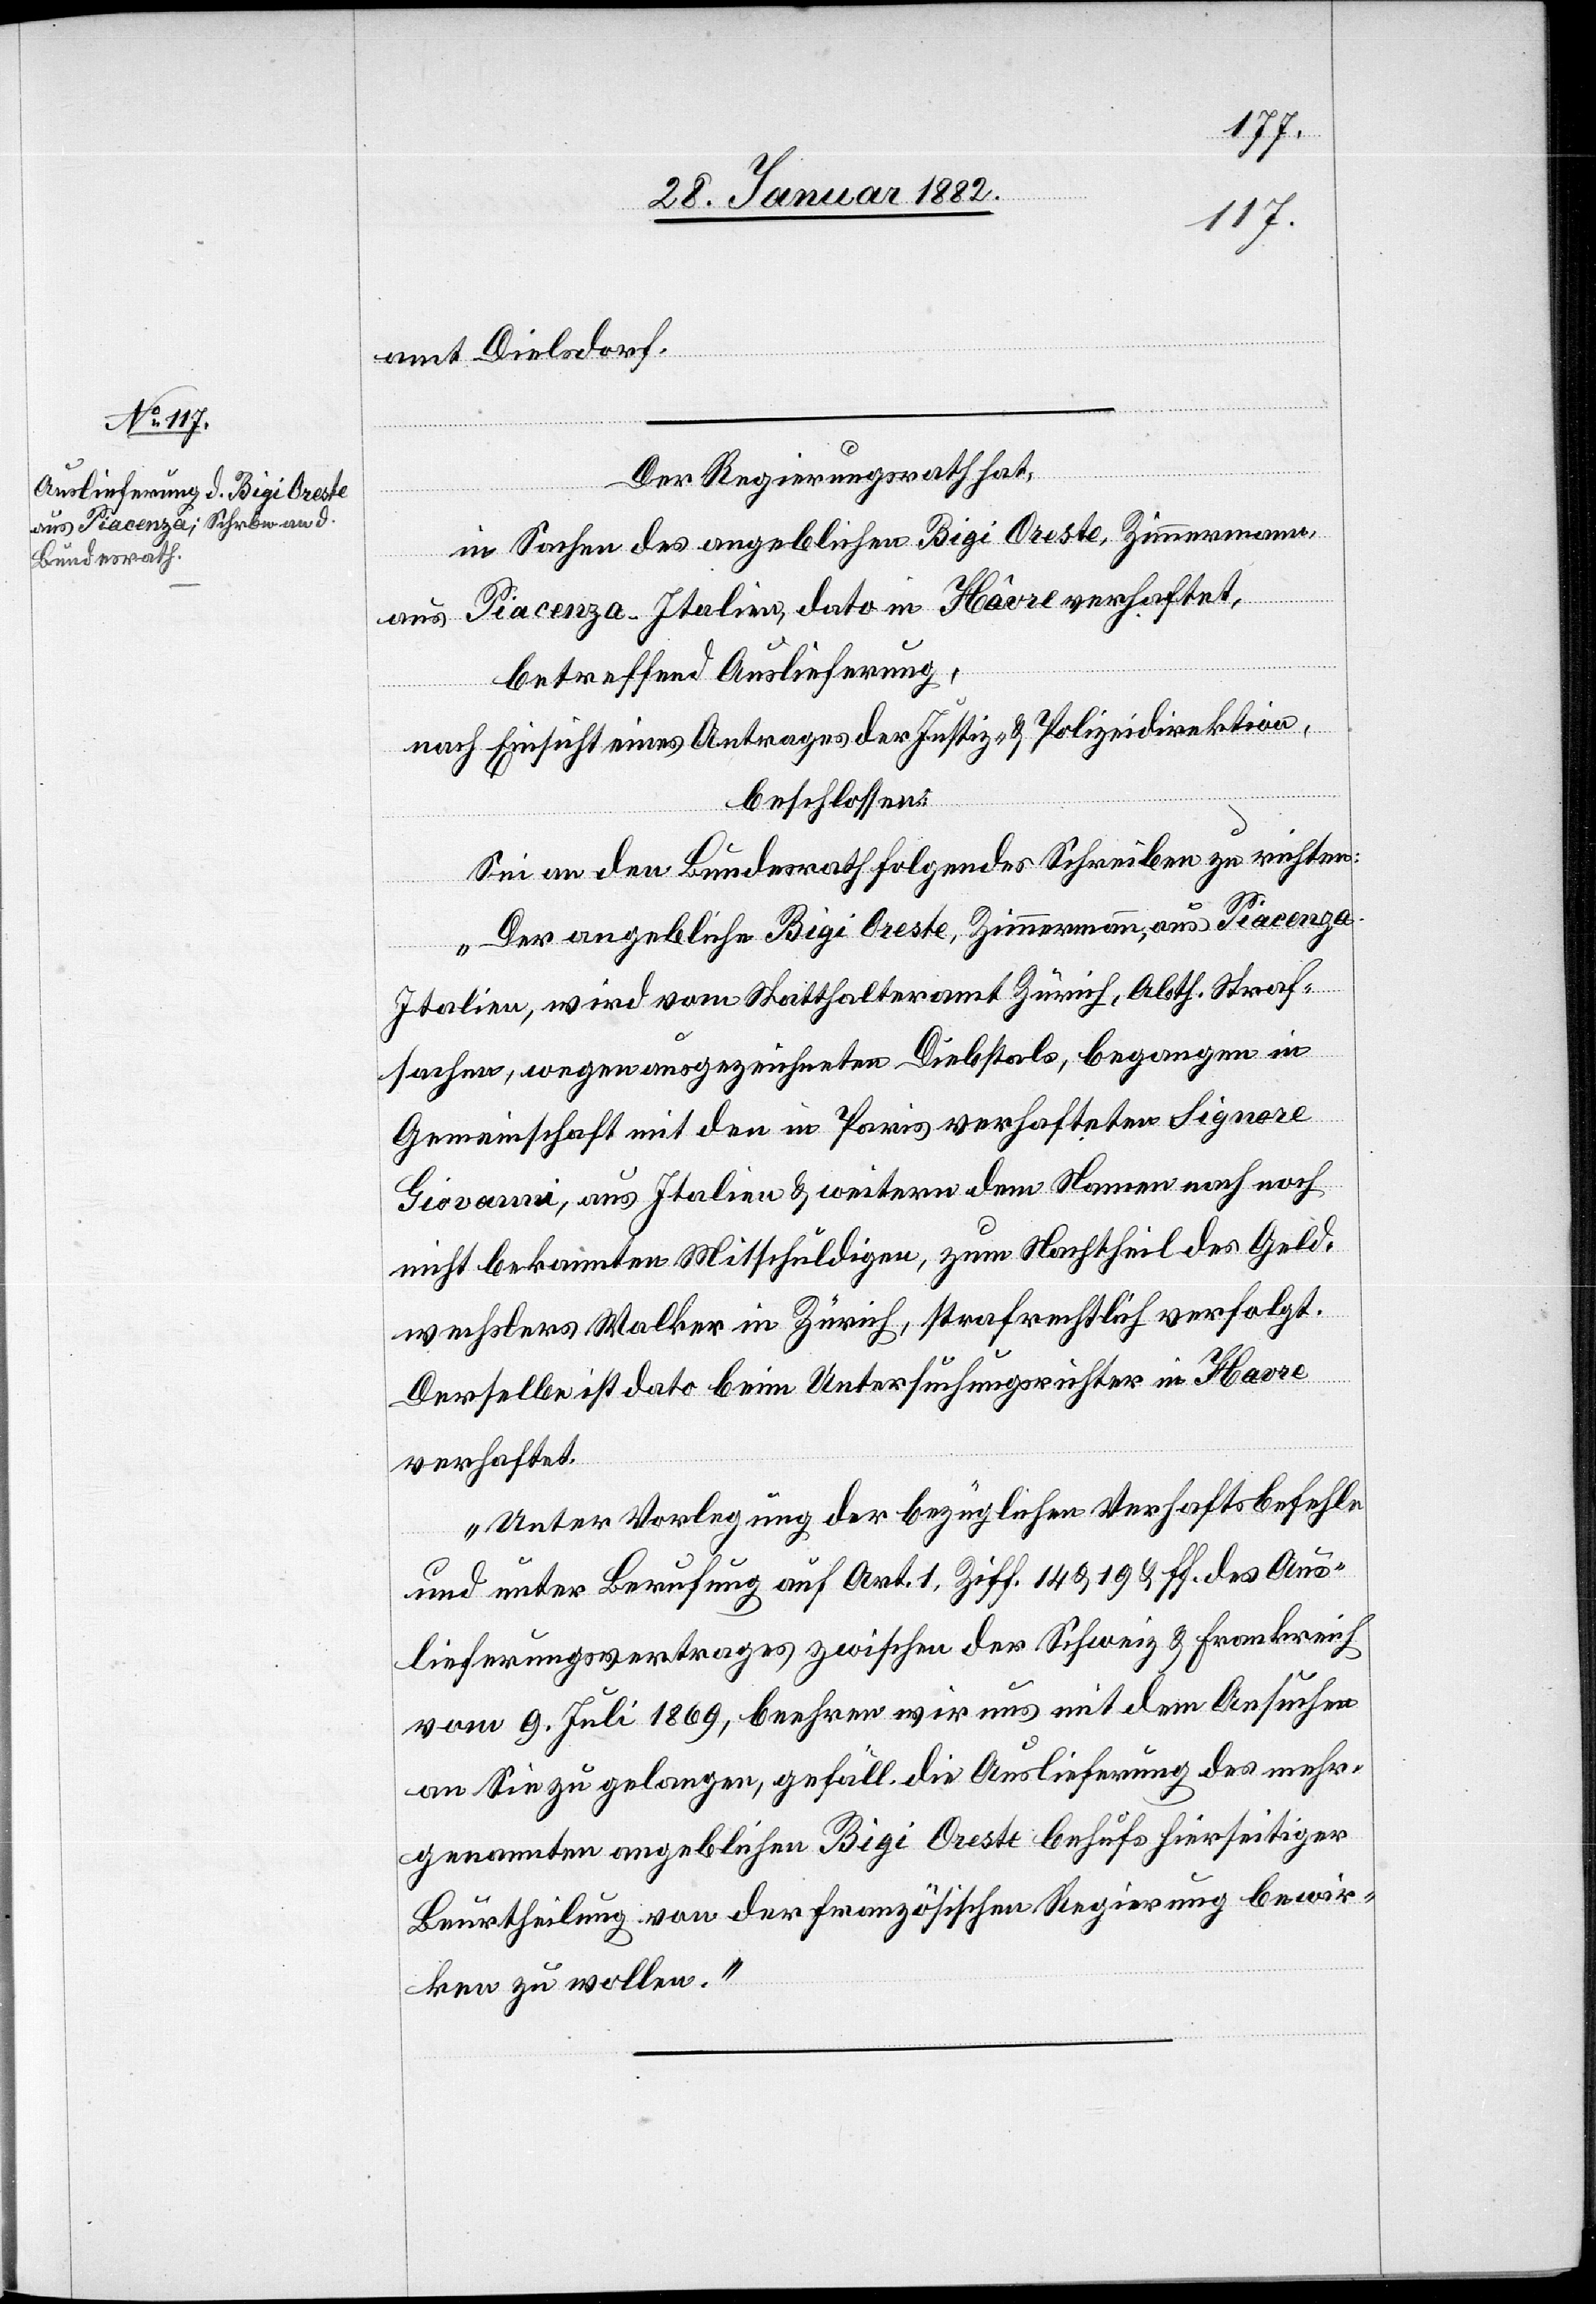
amt Dielsdorf.
Der Regierungsrath hat,
in Sachen des angeblichen Bigi Oreste, Zimmermann,
aus Piacenza - Italien, dato in Hâvre verhaftet,
betreffend Auslieferung,
nach Einsicht eines Antrages der Justiz- & Polizeidirektion,
beschlossen:
Sei an den Bundesrath folgendes Schreiben zu richten:
„Der angebliche Bigi Oreste, Zimmermann, aus Piacenza
Italien, wird vom Statthalteramt Zürich, Abth. Straf¬
sachen, wegen ausgezeichneten Diebstals, begangen in
Gemeinschaft mit dem in Paris verhafteten Signore
Giovanni, aus Italien & weitern dem Namen nach noch
nicht bekannten Mitschuldigen, zum Nachtheil des Geld¬
wechslers Walker in Zürich, strafrechtlich verfolgt.
Derselbe ist dato beim Untersuchungsrichter in Havre
verhaftet.
Unter Verlegung der bezüglichen Verhaftsbefehle
und unter Berufung auf Art. 1, Ziff. 14 & 19 & ff. des Aus¬
lieferungsvertrages zwischen der Schweiz & Frankreich
vom 9. Juli 1869, beehren wir uns mit dem Ansuchen
an Sie zu gelangen, gefäll. die Auslieferung des mehr¬
genannten angebliche Bigi Oreste behufs hierseitiger
Beurtheilung von der französischen Regierung bewir¬
ken zu wollen.“